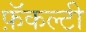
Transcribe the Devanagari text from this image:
फ़ॅकल्टी